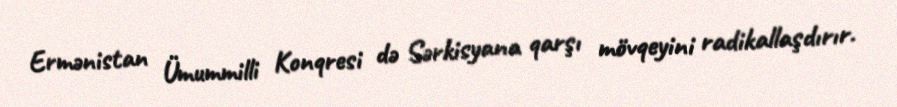
Ermənistan Ümummilli Konqresi də Sərkisyana qarşı mövqeyini radikallaşdırır.